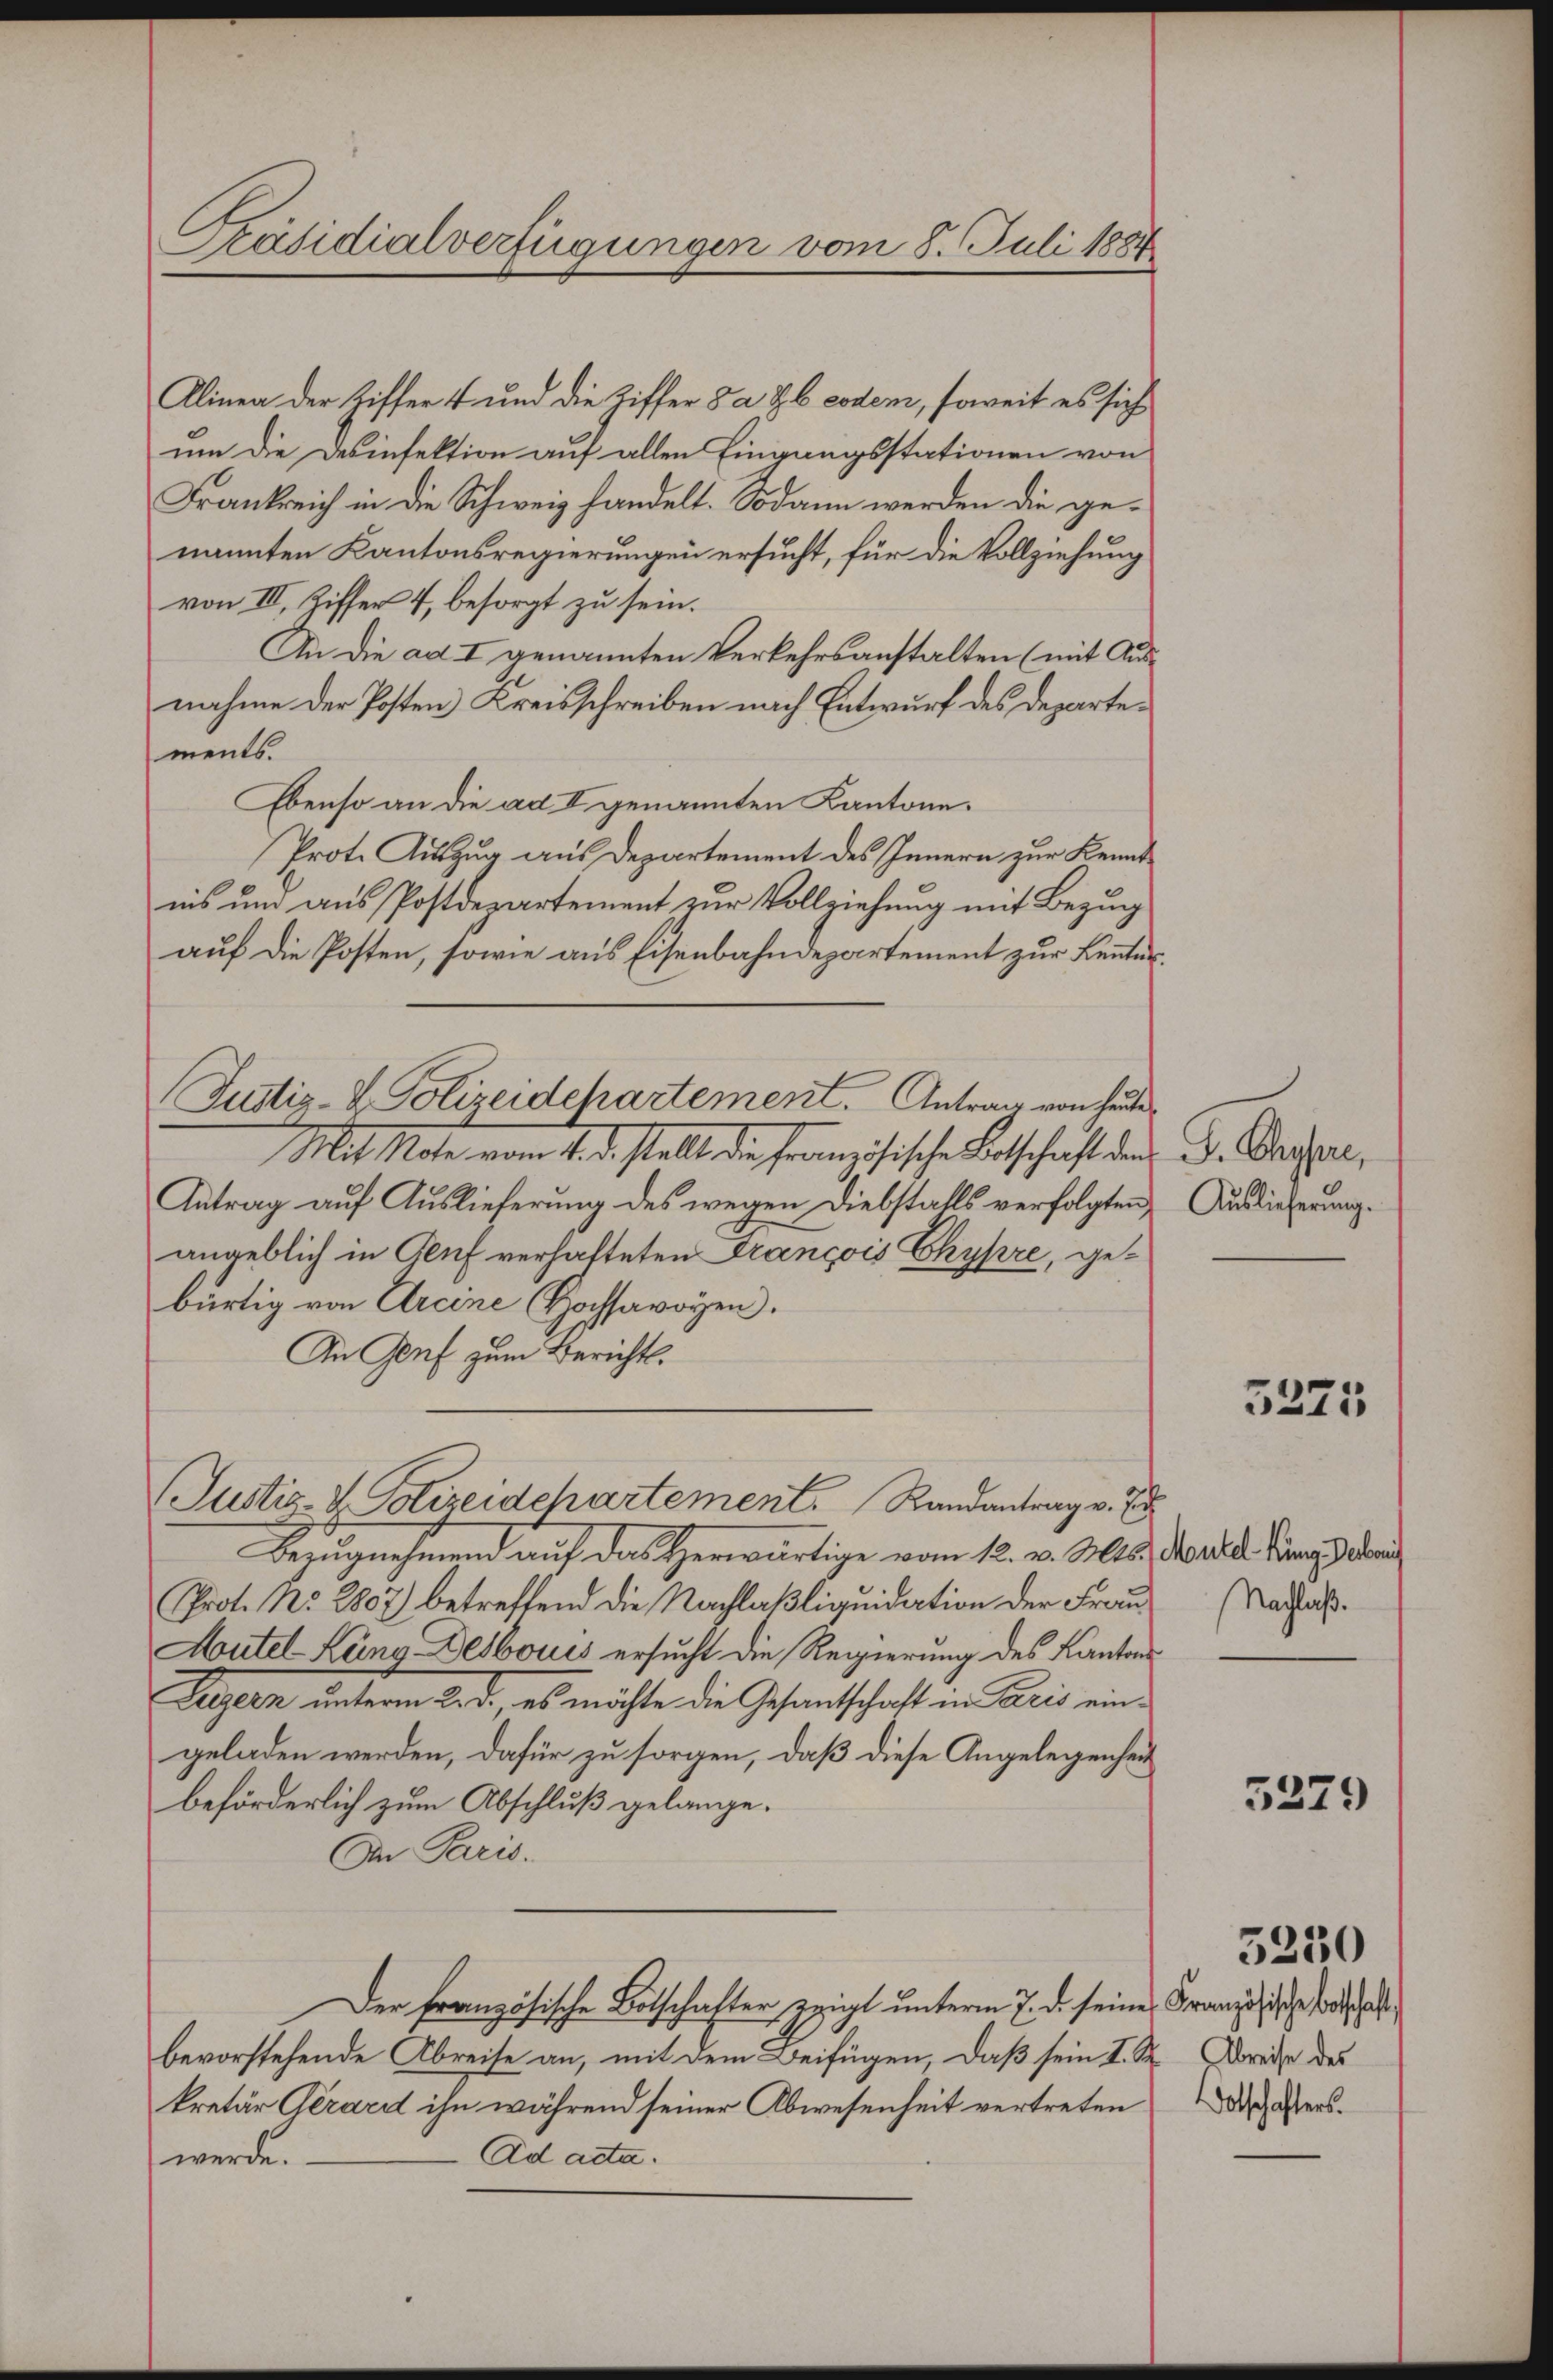
Präsidialverfügungen vom 8. Juli 1884

Alinea der Ziffer 4 und die Ziffer da Gb eodem, soweit es sich
um die Desinfektion auf allen Eingangsstationen von
Frankreich in die Schweiz handelt. Sodann werden die genannten Kantonsregierungen ersucht, für die Vollziehung
von III, Ziffer 4, besorgt zu sein.
An die ad I genannten Verkehrsanstalten (mit Ausnahme der Posten Kreisschreiben nach Entwurf des Departements.
Ebenso an die ad II genannten Kantone.
Prot. Auszug aus Departement des Innern zur Kenntnis und aus Postdepartement zur Vollziehung mit Bezug
auf die Posten, sowie aus Eisenbahndepartement zur Kennter¬
Justiz- & Polizeidepartement. Antrag von heute
Mit Mate vom 4. d. stellt die Französische Botschaft den
Antrag auf Auslieferung des wegen Diebstalls verfolgten,
angeblich in Auf verhalteten François Chypre, gebürtig von Arcine Hochsavoyen.
An Genf zum Bericht.

Justiz- & Polizeidchartement. Randantrag v. J

Keugenehmend auf das erwärtige vom 18. v. Mts.
Prot. No. 2807) betreffend die Nachlaßliquidation der Frau
Autel Lang Desbouis ersucht die Regierung des Kantons¬
Luzern unterm Led., es möchte die Gesantschaft in Paris eingeladen werden, dafür zu sorgen, daß diese Angelegenheit
beförderlich zum Abschluß gelange
An Paris.
Der Französische Botschafter zeigt unterm 7. d. seine Französische da
bevorstehende Abreise an, mit dem Beifügen, daß sein I. R. Dreise des
kretär Aerard ihn während seiner Abwesenheit vertreten
Ad acta.
werde.

J. Chypre,
Auslieferung.

5271

Montel Küng Verbani
Nachlaß.

5279

5230

Dotschafters.